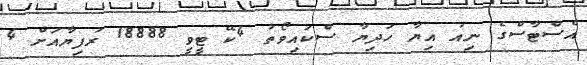
އެސްޓާސްގެ ނިއު އިޔާ ހަދިޔާ ސްކައިވޯތު 4ކޭ ޓީވީ 18888 ރުފިޔާއަށް 4